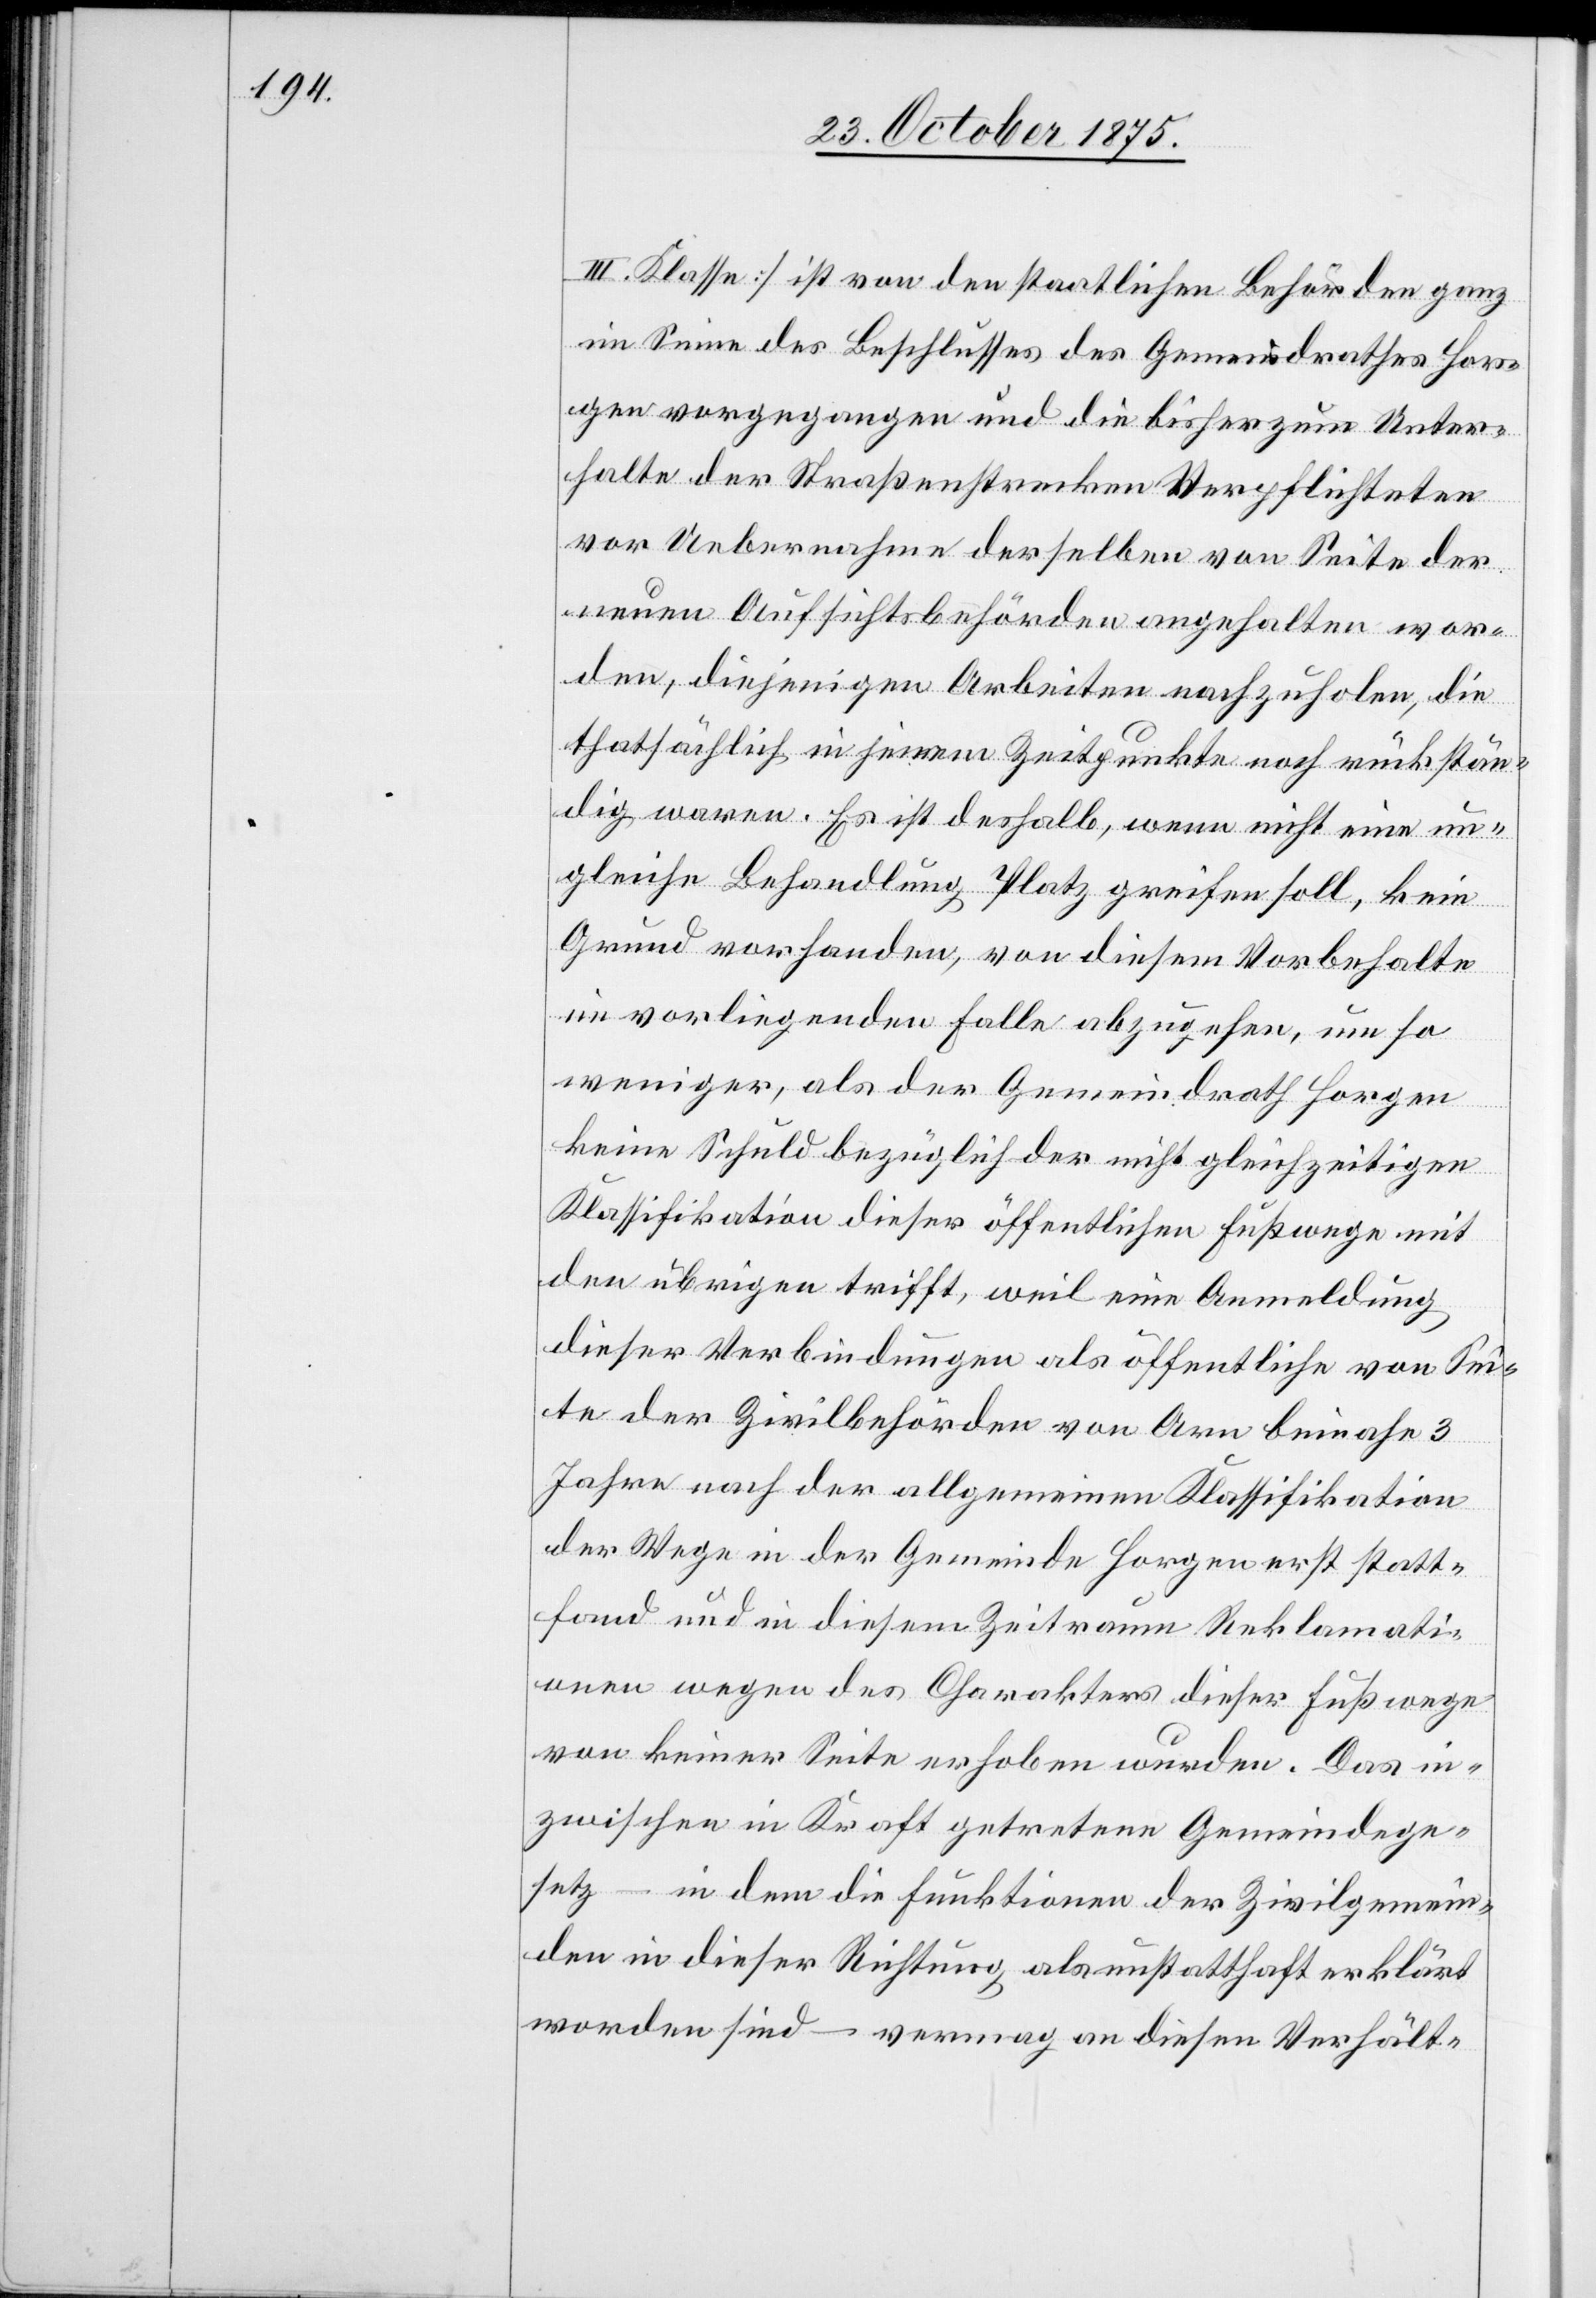
III. Klasse] ist von den staatlichen Behörden ganz
im Sinne des Beschlusses des Gemeindrathes Hor¬
gen vorgegangen und die bisher zum Unter¬
halte der Straßenstrecken Verpflichteten
vor Uebernahme derselben von Seite der
neuen Aufsichtsbehörden angehalten wor¬
den, diejenigen Arbeiten nachzuholen, die
thatsächlich in jenem Zeitpunkte noch rückstän¬
dig waren. Es ist deshalb, wenn nicht eine un¬
gleiche Behandlung Platz greifen soll, kein
Grund vorhanden, von diesem Vorbehalte
im vorliegenden Falle abzugehen, um so
weniger, als der Gemeindrath Horgen
keine Schuld bezüglich der nicht gleichzeitigen
Klassifikation dieser öffentlichen Fußwege mit
den übrigen trifft, weil eine Anmeldung
dieser Verbindungen als öffentliche von Sei¬
te der Zivilbehörden von Arn beinahe 3
Jahre nach der allgemeinen Klassifikation
der Wege in der Gemeinde Horgen statt¬
fand und in diesem Zeitraum Reklamati¬
onen wegen des Charakters dieser Fußwege
von keiner Seite erhoben wurden. Das in¬
zwischen in Kraft getretene Gemeindege¬
setz – in dem die Funktionen der Zivilgemein¬
den in dieser Richtung als unstatthaft erklärt
worden sind – vermag an diesen Verhält-